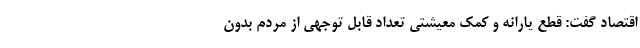
اقتصاد گفت: قطع یارانه و کمک معیشتی تعداد قابل توجهی از مردم بدون